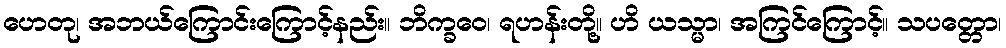
ဟေတု၊ အဘယ်ကြောင်းကြောင့်နည်း။ ဘိက္ခဝေ၊ ရဟန်းတို့။ ဟိ ယသ္မာ၊ အကြင်ကြောင့်။ သပတ္တော၊